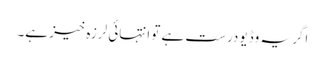
اگر یہ وڈیو درست ہے تو انتہائی لرزہ خیز ہے۔